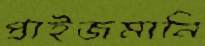
প্রাইজমানি